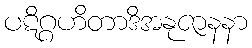
ပဋိဂ္ဂဟိတာဒိအနုဇာနနာ